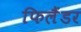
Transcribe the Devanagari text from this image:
फिलैंडर